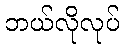
ဘယ်လိုလုပ်